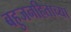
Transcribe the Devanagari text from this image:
बहुजनहिताच्या